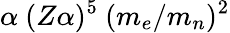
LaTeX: \alpha~(Z\alpha)^{5}~(m_{e}/m_{n})^{2}